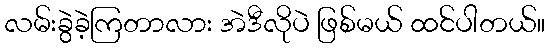
လမ်းခွဲခဲ့ကြတာလား အဲဒီလိုပဲ ဖြစ်မယ် ထင်ပါတယ်။